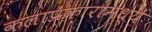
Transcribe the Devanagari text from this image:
कलाप्रकारांमध्ये